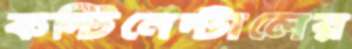
কন্টিনেন্টালের